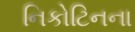
નિકોટિનના